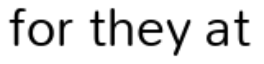
for they at